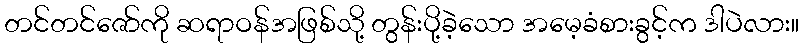
တင်တင်ဇော်ကို ဆရာဝန်အဖြစ်သို့ တွန်းပို့ခဲ့သော အမေ့ခံစားခွင့်က ဒါပဲလား။